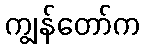
ကျွန်တော်က